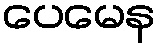
ပေမေန